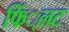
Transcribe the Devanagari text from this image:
फिं्लट